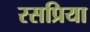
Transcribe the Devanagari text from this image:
रसप्रिया